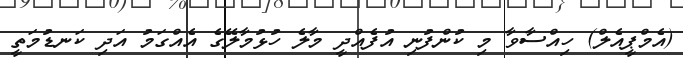
(އެމްޕީއެލް) ހިއްސާވާ މި ކުންފުނި އުފެއްދީ މާލެ ހުޅުމާލޭގެ އެއްގަމު އަދި ކަނޑުމަތީ